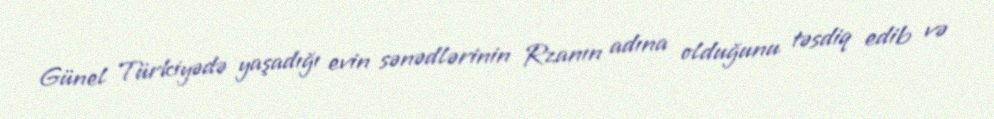
Günel Türkiyədə yaşadığı evin sənədlərinin Rzanın adına olduğunu təsdiq edib və